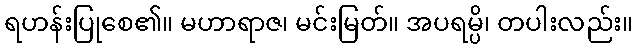
ရဟန်းပြုစေ၏။ မဟာရာဇ၊ မင်းမြတ်။ အပရမ္ပိ၊ တပါးလည်း။